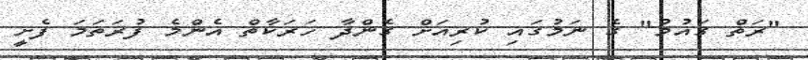
"ރަތް ގައުމު" ގެ ނަމުގައި ކުރިއަށް ގެންދާ ހަރަކާތް އެންމެ ފުރަތަމަ ފެށީ